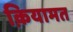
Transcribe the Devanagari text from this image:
क़ियामत